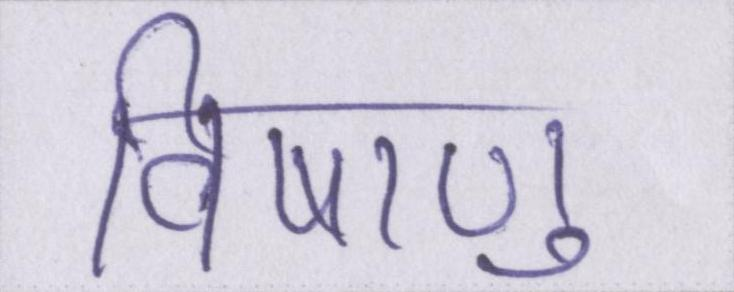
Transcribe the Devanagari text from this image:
विषाणु